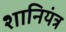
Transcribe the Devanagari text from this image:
शानियंत्र